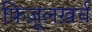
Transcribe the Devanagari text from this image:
फ़िज़ूलख़र्च